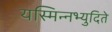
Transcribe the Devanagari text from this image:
यस्मिन्नभ्युदिते